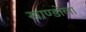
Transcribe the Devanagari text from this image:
खाण्डोला